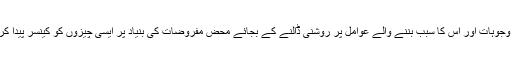
کینسر کے ماہرین نے کہا ہے کہ اس رپورٹ میں سرطان کی بنیادی وجوہات اور اس کا سبب بننے والے عوامل پر روشنی ڈالنے کے بجائے محض مفروضات کی بنیاد پر ایسی چیزوں کو کینسر پیدا کرنے کی اصل وجہ قرار دیا گیا ہے، جو بظاہر اتنی نقصان دہ نہیں ہیں۔